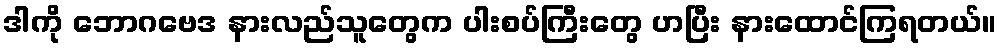
ဒါကို ဘောဂဗေဒ နားလည်သူတွေက ပါးစပ်ကြီးတွေ ဟပြီး နားထောင်ကြရတယ်။